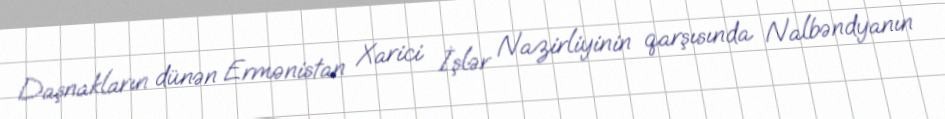
Daşnakların dünən Ermənistan Xarici İşlər Nazirliyinin qarşısında Nalbəndyanın